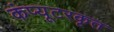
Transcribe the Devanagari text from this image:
कंप्यूटरकृत